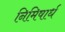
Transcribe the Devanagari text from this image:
निमिषार्ध